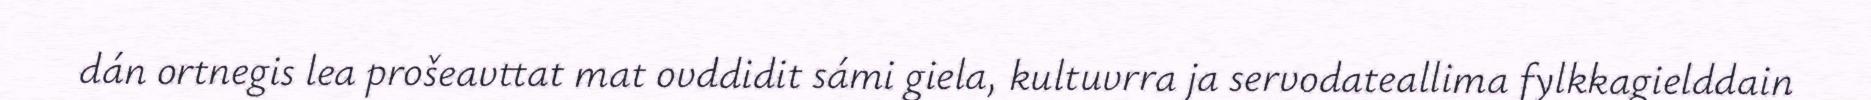
dán ortnegis lea prošeavttat mat ovddidit sámi giela, kultuvrra ja servodateallima fylkkagielddain